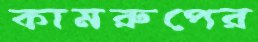
কামরুপের